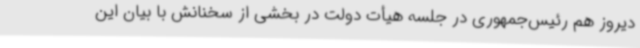
دیروز هم رئیس‌جمهوری در جلسه هیأت دولت در بخشی از سخنانش با بیان این